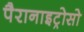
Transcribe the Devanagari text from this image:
पैरानाइट्रोसो